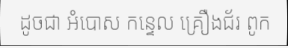
ដូចជា អំបោស កន្ទេល គ្រឿងជ័រ ពូក